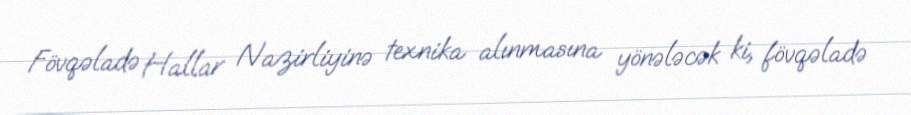
Fövqəladə Hallar Nazirliyinə texnika alınmasına yönələcək ki, fövqəladə